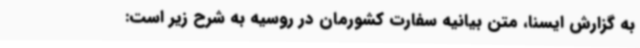
به گزارش ایسنا، متن بیانیه سفارت کشورمان در روسیه به شرح زیر است: